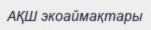
АҚШ экоаймақтары